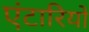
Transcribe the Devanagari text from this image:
एंटारियो